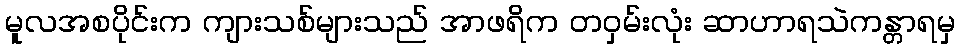
မူလအစပိုင်းက ကျားသစ်များသည် အာဖရိက တဝှမ်းလုံး ဆာဟာရသဲကန္တာရမှ